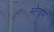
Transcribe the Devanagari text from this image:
भोगाय